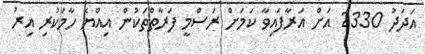
އަދަދު 2330 އަށް އަރާފައިވާ ކަމަށް ރަސްމީ ފަރާތްތަކުން އިއްޔެ ހާމަކުރި އިރު